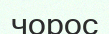
чорос